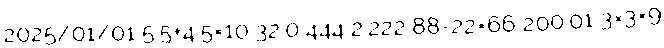
2025/01/01 5.5+4.5=10 32.0 444 2.222 88-22=66 200.01 3×3=9